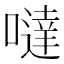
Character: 噠